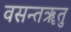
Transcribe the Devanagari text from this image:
वसन्तॠतु